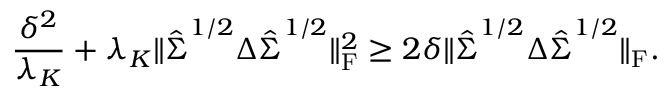
\frac { \delta ^ { 2 } } { \lambda _ { K } } + \lambda _ { K } \| \hat { \boldsymbol { \Sigma } } ^ { 1 / 2 } \boldsymbol { \Delta } \hat { \boldsymbol { \Sigma } } ^ { 1 / 2 } \| _ { \mathrm { F } } ^ { 2 } \geq 2 \delta \| \hat { \boldsymbol { \Sigma } } ^ { 1 / 2 } \boldsymbol { \Delta } \hat { \boldsymbol { \Sigma } } ^ { 1 / 2 } \| _ { \mathrm { F } } .